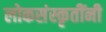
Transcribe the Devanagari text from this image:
लोकसंस्कृतींनी